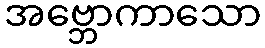
အဗ္ဘောကာသော